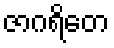
ဇာဂရိတေ